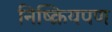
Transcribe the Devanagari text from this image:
निष्क्रियपण